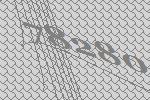
78280